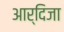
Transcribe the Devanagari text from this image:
आर्दिजा